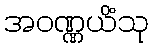
အဝဏ္ဏယိံသု